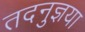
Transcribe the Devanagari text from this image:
तदनुज्ञया